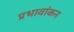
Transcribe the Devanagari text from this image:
प्रभावांकन